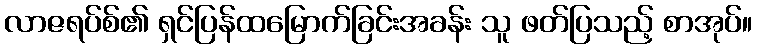
လာဇရပ်စ်၏ ရှင်ပြန်ထမြောက်ခြင်းအခန်း သူ ဖတ်ပြသည့် စာအုပ်။